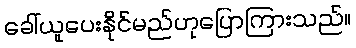
ခေါ်ယူပေးနိုင်မည်ဟုပြောကြားသည်။